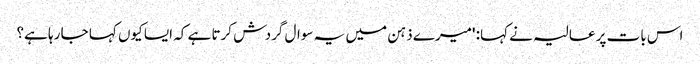
اس بات پر عالیہ نے کہا: 'میرے ذہن میں یہ سوال گردش کرتا ہے کہ ایسا کیوں کہا جا رہا ہے؟